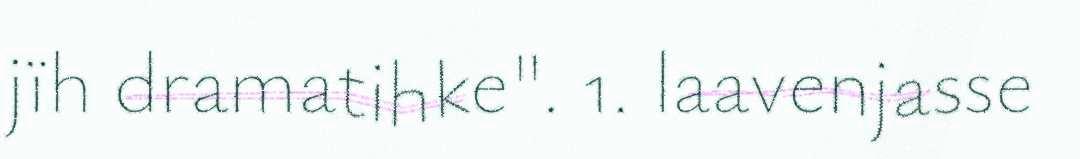
jïh dramatihke". 1. laavenjasse